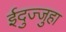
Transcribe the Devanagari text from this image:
ईदुज्जुहा